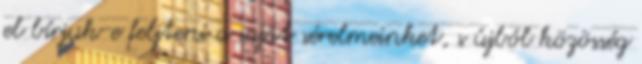
el bírjuk-e feljteni a saját sérelmeinket, s újból közösség